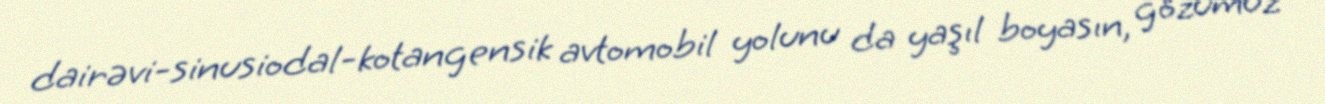
dairəvi-sinusiodal-kotangensik avtomobil yolunu da yaşıl boyasın, gözümüz